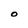
Character: O